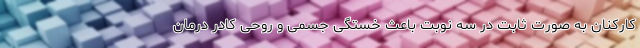
کارکنان به صورت ثابت در سه نوبت باعث خستگی جسمی و روحی کادر درمان